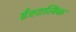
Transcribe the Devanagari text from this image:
ईस्टलिंक